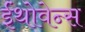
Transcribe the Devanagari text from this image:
ईंथोवेन्स